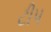
ટીપ